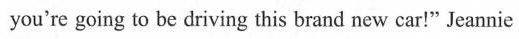
you're going to be driving this brand new car!" Jeannie